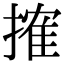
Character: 搉